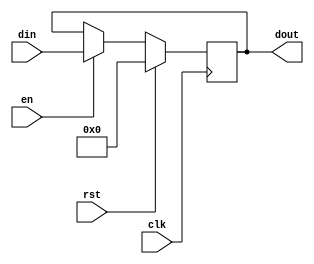
/**
 * @module register
 * @brief D filp flop
 * @param DATA_WIDTH data width
 * @input clk clock signal
 * @input rst reset signal
 * @input en enable signal
 * @input din data in
 * @ouput dout data out
 */
module register
#(parameter DATA_WIDTH = 32)
(
    input clk,
    input rst,
    input en,
    input [DATA_WIDTH-1:0] din,
    output reg [DATA_WIDTH-1:0] dout
);

    always @ (posedge clk) begin
        if (rst) begin
            dout <= 0;      // reset
        end else if (en) begin
            dout <= din;    // update
        end else begin
            dout <= dout;   // hold
        end
    end

endmodule // register